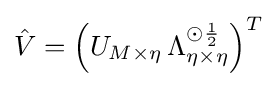
{\hat {V}}={\Bigl (}U_{M\times \eta }\,\Lambda _{\eta \times \eta }^{\odot {\frac {1}{2}}}{\Bigr )}^{T}